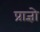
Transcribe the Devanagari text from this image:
प्राज्ञो